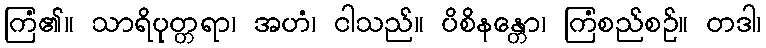
ကြံ၏။ သာရိပုတ္တရာ၊ အဟံ၊ ငါသည်။ ပိစိနန္တော၊ ကြံစည်စဉ်။ တဒါ၊